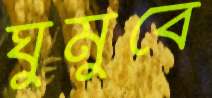
ঘুমুবে